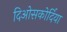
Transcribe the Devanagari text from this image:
दिओसकोर्दिया